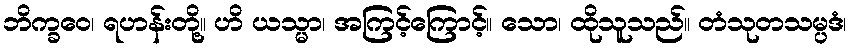
ဘိက္ခဝေ၊ ရဟန်းတို့။ ဟိ ယသ္မာ၊ အကြင့်ကြောင့်။ သော၊ ထိုသူသည်။ တံသုတသမ္ပဒံ၊